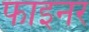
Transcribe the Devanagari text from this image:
फाइनर